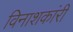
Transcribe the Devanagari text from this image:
विनाशकांरी